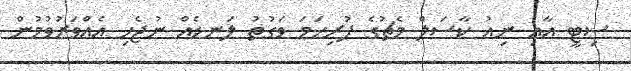
ސިޓީ އާއި ނިއު ކާސަލް މެޗުގެ ފުރިހަމަ ވަގުތު ލަނޑެއް ނުޖެހި އެއްވަރުވުމުން